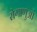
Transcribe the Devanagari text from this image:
रोगाणुओ